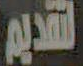
التقدير